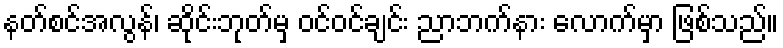
နတ်စင်အလွန်၊ ဆိုင်းဘုတ်မှ ဝင်ဝင်ချင်း ညာဘက်နား လောက်မှာ ဖြစ်သည်။